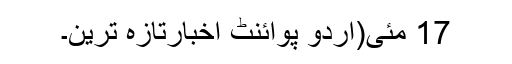
17 مئی(اُردو پوائنٹ اخبارتازہ ترین۔